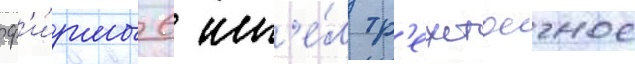
ф'и́рмы 6 им'е́л тр'ехстоечное